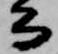
公